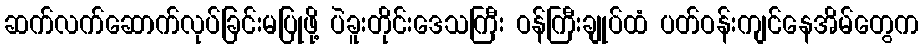
ဆက်လက်ဆောက်လုပ်ခြင်းမပြုဖို့ ပဲခူးတိုင်းဒေသကြီး ဝန်ကြီးချုပ်ထံ ပတ်ဝန်းကျင်နေအိမ်တွေက